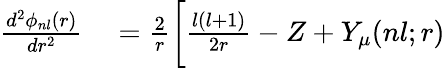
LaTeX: \begin{array}{rl}{\frac{d^{2}\phi_{nl}(r)}{dr^{2}}}&{{}=\frac{2}{r}\bigg[\frac{l(l+1)}{2r}-Z+Y_{\mu}(nl;r)}\end{array}